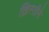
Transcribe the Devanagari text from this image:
ख्रिस्तीने